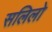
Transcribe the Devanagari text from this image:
सलिलो